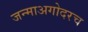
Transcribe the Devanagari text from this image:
जन्माअगोदरच